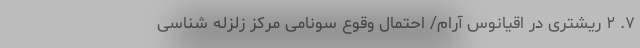
۷. ۲ ریشتری در اقیانوس آرام/ احتمال وقوع سونامی مرکز زلزله شناسی